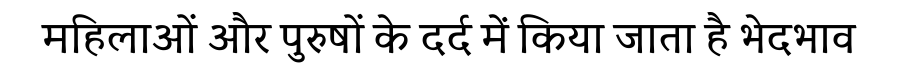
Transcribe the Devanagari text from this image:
महिलाओं और पुरुषों के दर्द में किया जाता है भेदभाव